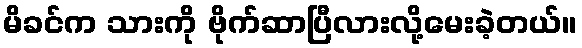
မိခင်က သားကို ဗိုက်ဆာပြီလားလို့မေးခဲ့တယ်။